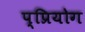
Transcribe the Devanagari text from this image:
प्प्रियोग